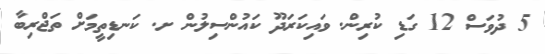
5 ދުވަސް 12 ގަޑި ކުރިން. ވައިކަރަދޫ ކައުންސިލުން ށ. ކަނޑިތީމަށް ތަޖްރިބާ